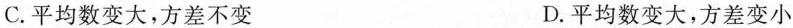
C.平均数变大，方差不变 D.平均数变大，方差变小